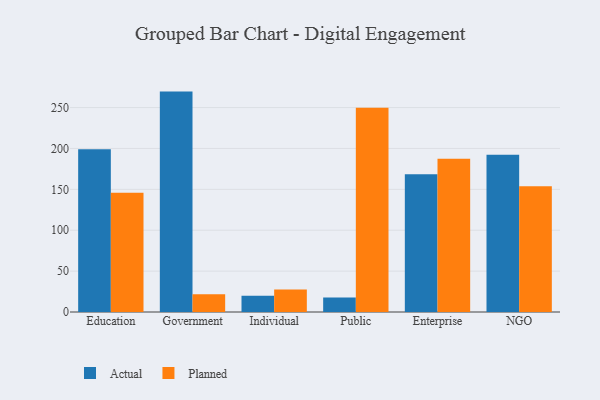
{"axis": {"x": "Segment", "y": "Website Visitors"}, "legend": ["Actual", "Planned"], "data": [{"x": "Education", "y": 199.1, "type": "Actual"}, {"x": "Education", "y": 145.7, "type": "Planned"}, {"x": "Government", "y": 269.5, "type": "Actual"}, {"x": "Government", "y": 21.8, "type": "Planned"}, {"x": "Individual", "y": 19.9, "type": "Actual"}, {"x": "Individual", "y": 27.4, "type": "Planned"}, {"x": "Public", "y": 17.6, "type": "Actual"}, {"x": "Public", "y": 249.9, "type": "Planned"}, {"x": "Enterprise", "y": 168.3, "type": "Actual"}, {"x": "Enterprise", "y": 187.4, "type": "Planned"}, {"x": "NGO", "y": 192.3, "type": "Actual"}, {"x": "NGO", "y": 153.9, "type": "Planned"}]}